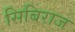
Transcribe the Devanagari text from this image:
सिबिराज